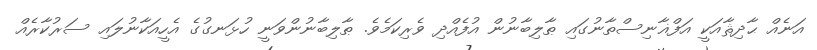
އަނެއް ޙާދިޘާއަކީ އަފްޣާނިސްތާނުގައި ޠާލިބާނުން އުފެއްދި ވެރިކަމެވެ. ޠާލިބާނުންވަނީ ހުޅަނގުގެ އެހީއަކާނުލައި ސަރުކާރެއް